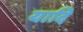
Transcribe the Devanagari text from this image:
यादि